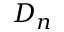
D _ { n }